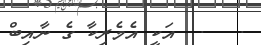
.   .  އަކީ އެމެރިކާ ގެ ނާއިބް